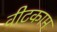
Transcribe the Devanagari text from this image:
वीटकाम